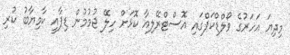
މިދިޔަ އަހަރުގެ ވޯލްޑްކަޕްގައި އޮސްޓްރޭލިއާ ކޮޅަށް ހިލޭ ޖުމުމުން ޑިޕާއީ ކާމިޔާބު ކުރި